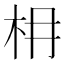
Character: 枏